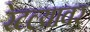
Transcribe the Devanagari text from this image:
रेटल्यावर